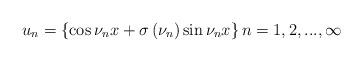
LaTeX: \begin{align*}u_{n}=\left\{ \cos \nu _{n}x+\sigma \left( \nu _{n}\right) \sin \nu_{n}x\right\} n=1,2,...,\infty \end{align*}